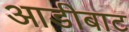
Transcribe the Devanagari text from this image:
आडीबाट